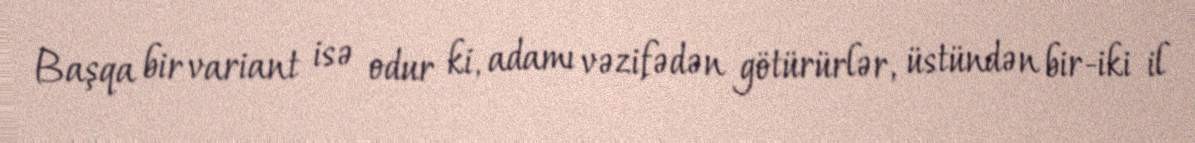
Başqa bir variant isə odur ki, adamı vəzifədən götürürlər, üstündən bir-iki il